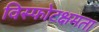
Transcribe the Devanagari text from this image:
विस्फोटक्षमता